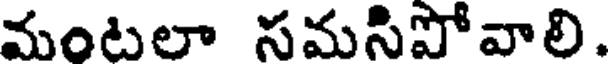
మంటలా సమసిపోవాలి.